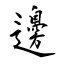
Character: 邊